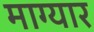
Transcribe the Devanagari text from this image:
माग्यार